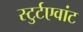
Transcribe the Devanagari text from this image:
स्टुर्टएवांट